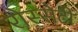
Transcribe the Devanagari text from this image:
रोस्सेटी